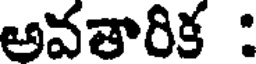
అవతారిక :